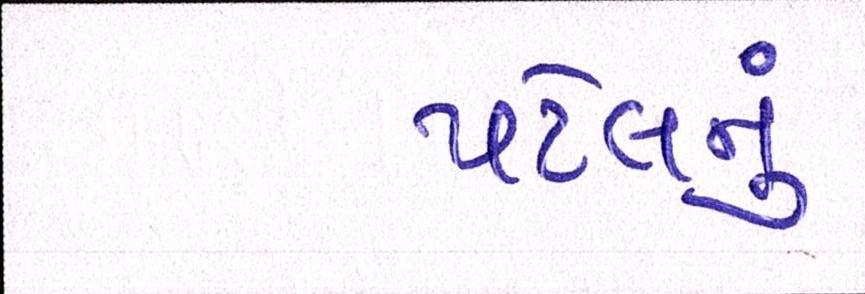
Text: પટેલનું